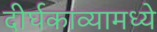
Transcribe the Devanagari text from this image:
दीर्घकाव्यामध्ये